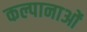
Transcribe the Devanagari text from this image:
कल्पानाओं